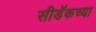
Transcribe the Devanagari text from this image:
सीडॅकच्या